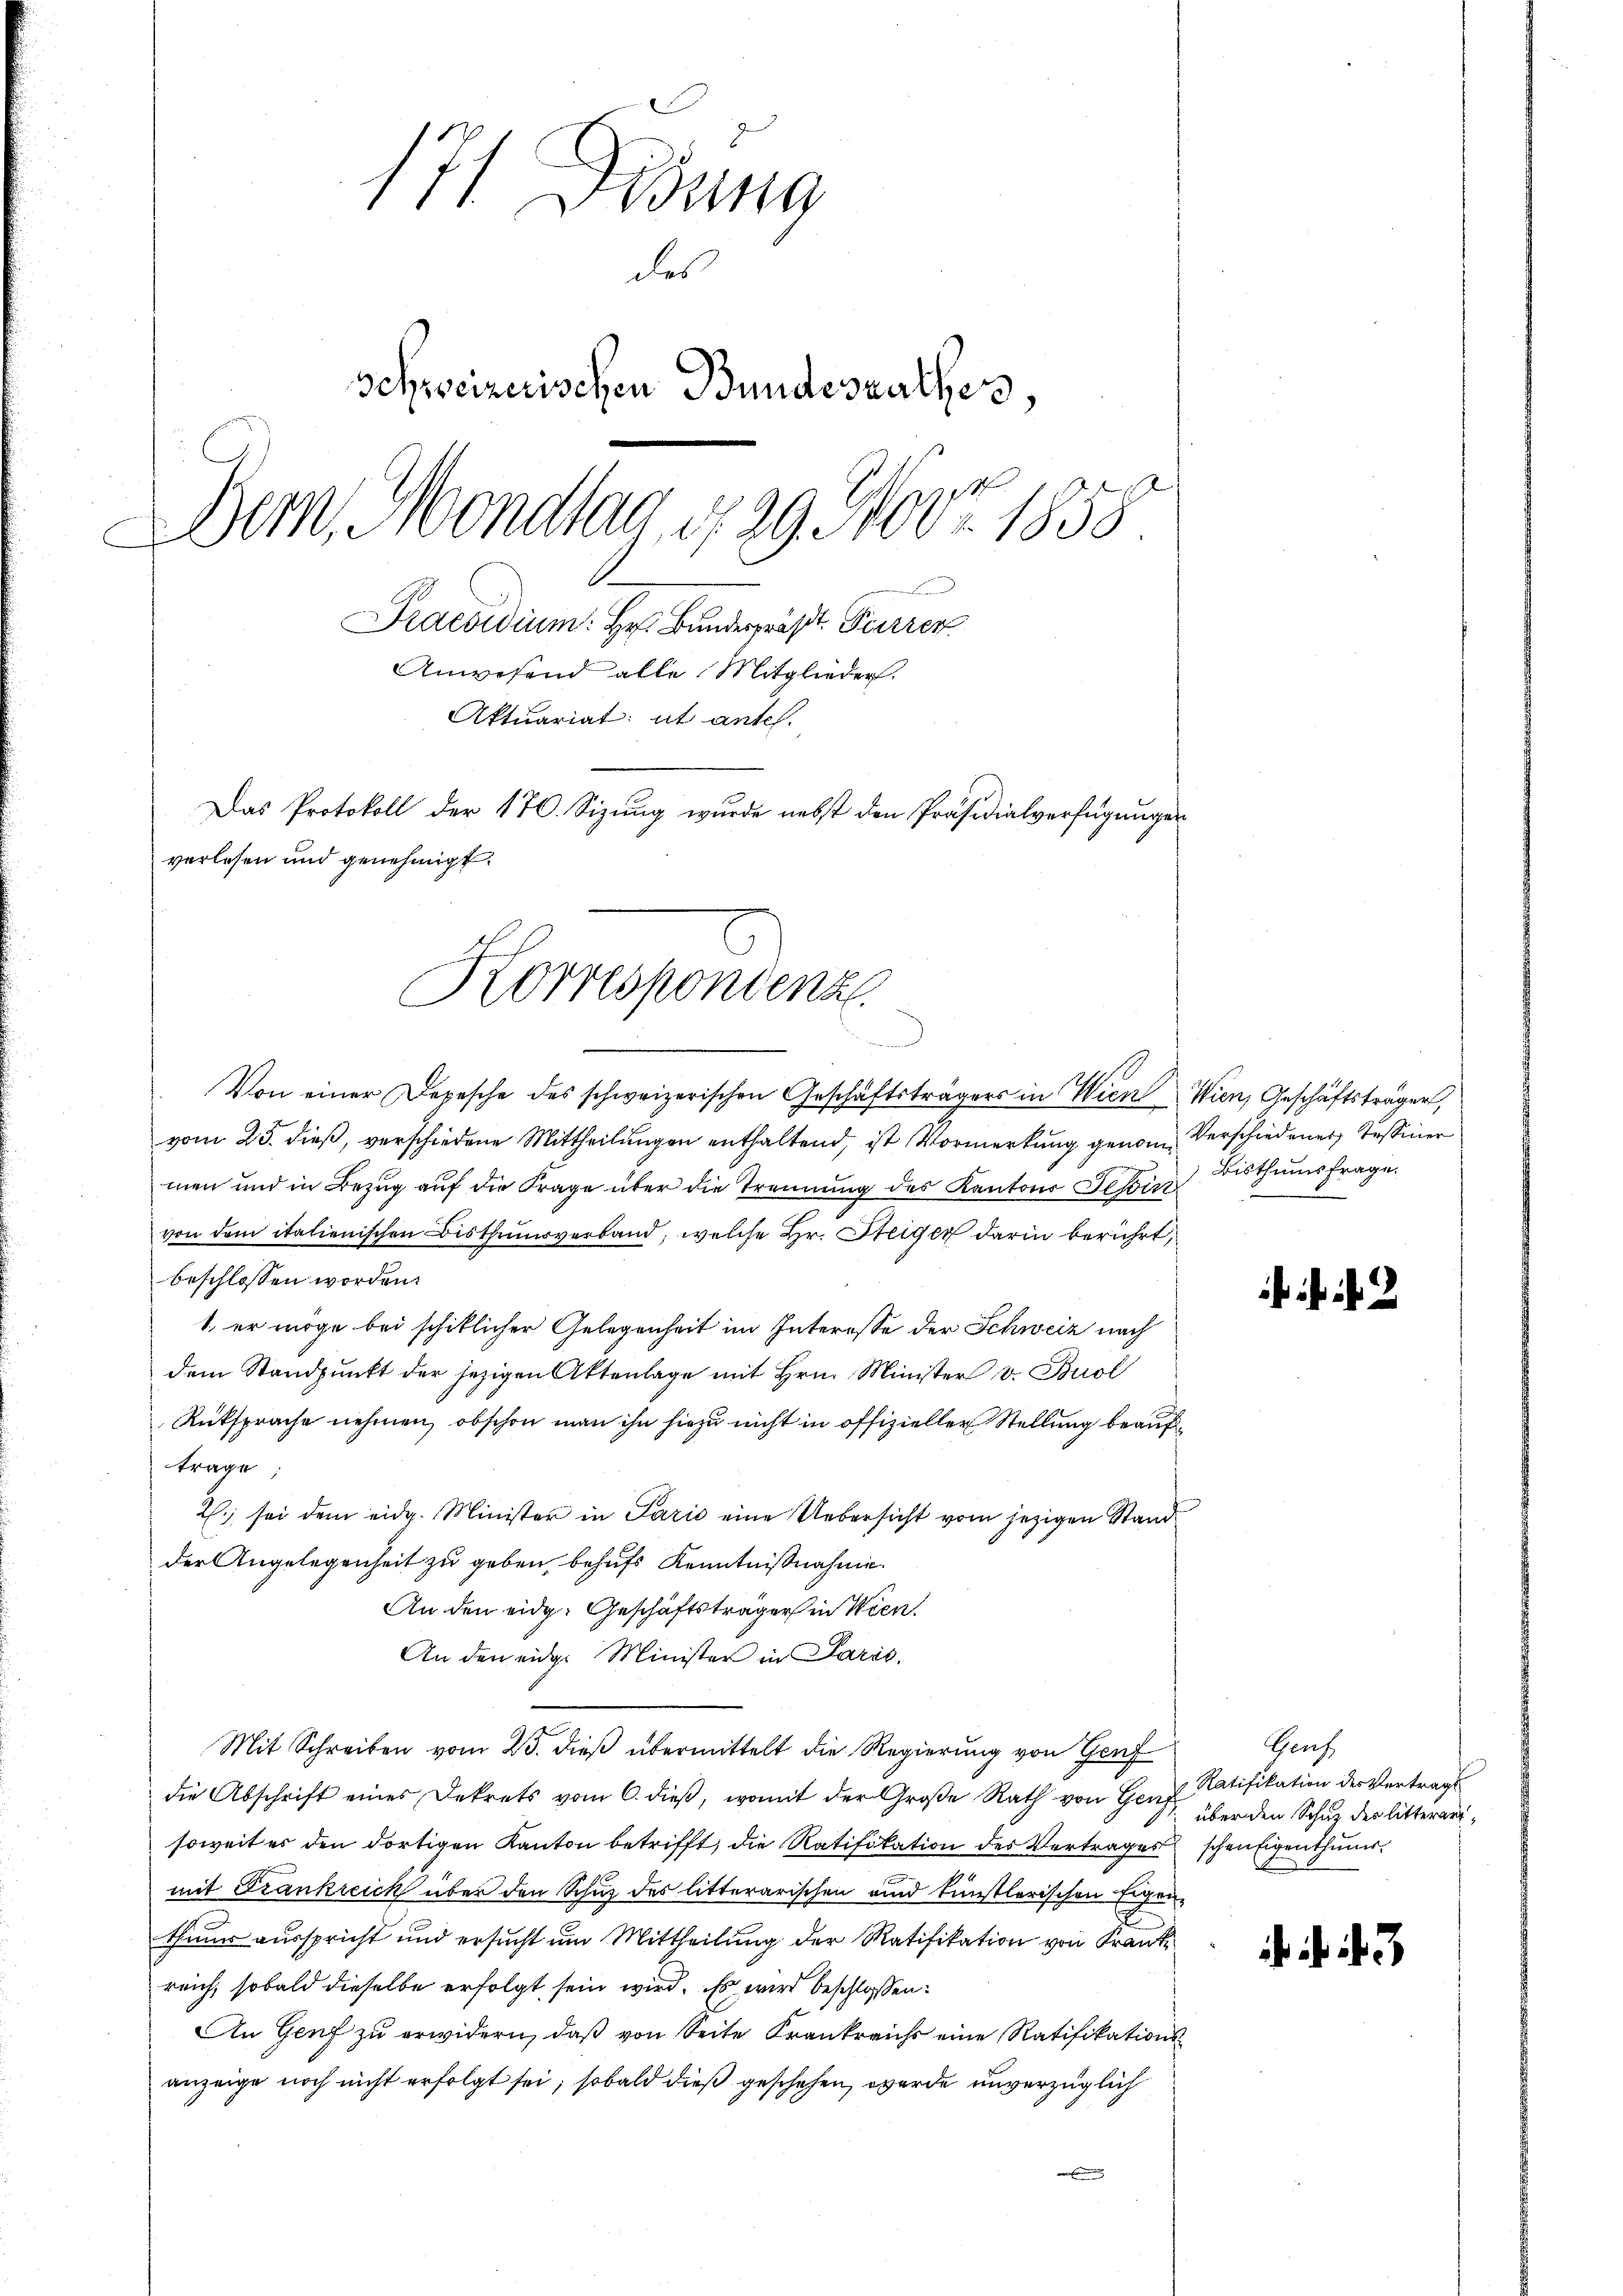
17/ Dosung
der
schweizerischen Bundesrathes,
Der, Mondtag 1729. 400fr. 1858
Praesidium. Hr. Bundes Furren
Anwesend alle Mitglieder.
Aktuariat: ut antel.
Das Protokoll der 170. Sizung wurde nebst den Präsidialverfügungen
verlesen und genehmigt.

Korrespondenz.

Von einer Depesche des schweizerischen Geschäftsträgers in Wien Wien, Geschäftsträger,
vom 25. dieß, verschiedene Mittheilungen enthaltend, ist Vormerkung genome Verschiedener Tessiner
men und in Bezug auf die Frage über die Trennung des Kantons Schirt
von dem italienischen Bisthumsverband, welche Hr. Steiger darin berührt,
beschlossen worden.
1. er möge bei schiklicher Gelegenheit im Interesse der Schweiz nach
dem Standpŭnkt der jezigen Aktenlage mit Hrn. Minister v. Buol
Rüksprache nehmen, obschon man ihn hiezu nicht in offizieller Stellung beauftrage
2., sei dem eidg. Minister in Parić eine Uebersicht vom jezigen Stand
der Angelegenheit zu geben, behufs Kenntnißnahme.
An den eidg. Geschäftsträger in Wien.
An den eidge Minister in Paris.
Mit Schreiben vom 25. dieß übermittelt die Regierung von Genf
die Abschrift eines Dekrets vom 6. dieß, womit der Große Rath von Genf
soweit es den dortigen Kanton betrifft, die Ratifikation des Vertrages schen Eigenthum
mit Frankreich über den Schuz des litterarischen und künstlerischen Eigen-
theur ausspricht und ersucht um Mittheilung der Ratifikation von Fran
reich, sobald dieselbe erfolgt sein wird. Es wird beschlossen:
An Genf zu erwidern, daβ von Seite Krankreichs eine Ratifikationsanzeige noch nicht erfolgt sei; sobald dieß geschehen, werde unverzüglich

Bisthumsfrage.

ihr

Gerf
Ratifikation des Vertrags
über den Schuz des litterarz¬

. . .